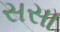
સસા